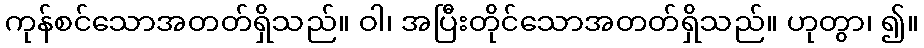
ကုန်စင်သောအတတ်ရှိသည်။ ဝါ၊ အပြီးတိုင်သောအတတ်ရှိသည်။ ဟုတွာ၊ ၍။